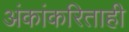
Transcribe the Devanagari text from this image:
अंकांकरिताही